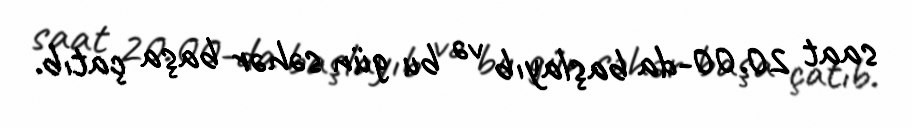
saat 20.00-da başlayıb və bu gün səhər başa çatıb.